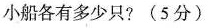
小船各有多少只?(5分)